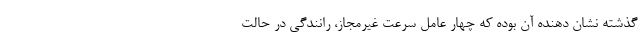
گذشته نشان دهنده آن بوده که چهار عامل سرعت غیرمجاز، رانندگی در حالت